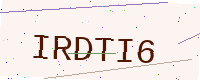
Text: IRDTI6